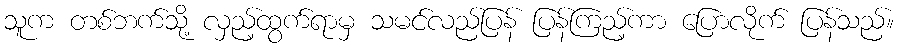
သူက တစ်ဘက်သို့ လှည့်ထွက်ရာမှ သမင်လည်ပြန် ပြန်ကြည့်ကာ ပြောလိုက် ပြန်သည်။